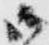
御